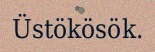
Üstökösök.